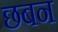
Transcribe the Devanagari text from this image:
छबन